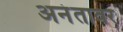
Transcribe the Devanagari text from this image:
अनंतावर